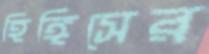
হিঙ্গিসের